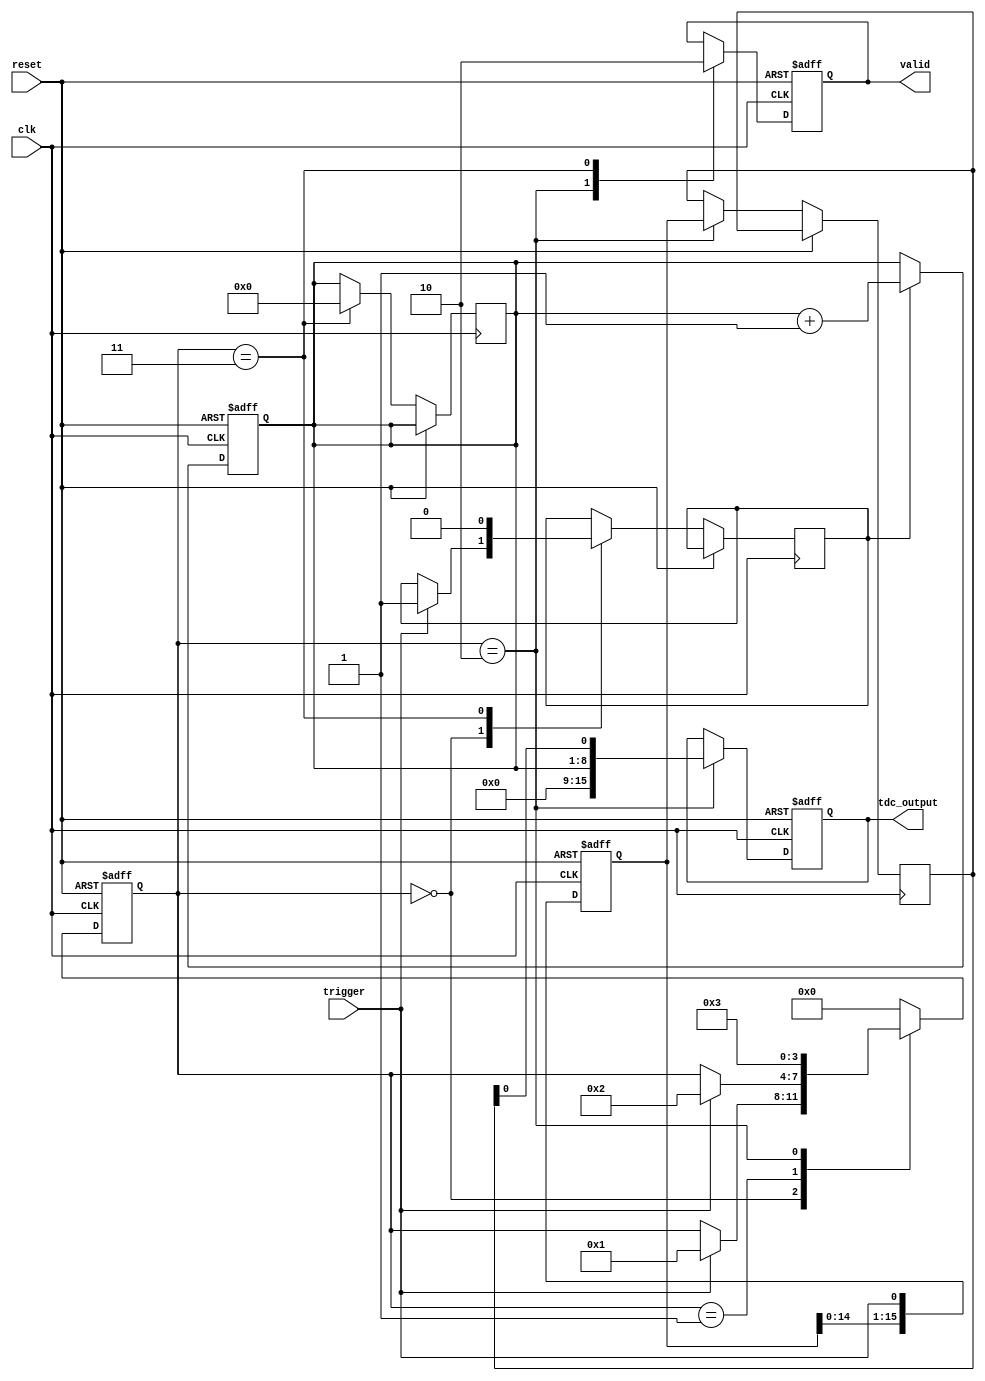
module HybridTDC (
    input wire clk,                // System clock
    input wire reset,              // Reset signal
    input wire trigger,            // Input trigger signal
    output reg [15:0] tdc_output,  // Output digital time measurement
    output reg valid               // Output valid signal
);

    // Parameters
    parameter DELAY_ELEMENTS = 16; // Number of delay elements
    parameter COUNTER_WIDTH = 8;    // Width of the counter

    // Internal signals
    reg [COUNTER_WIDTH-1:0] counter; // Coarse time counter
    reg [DELAY_ELEMENTS-1:0] delay_line; // Delay line
    reg [DELAY_ELEMENTS-1:0] fine_measurement; // Fine measurement
    reg [3:0] state; // State machine for control logic
    reg start_measurement; // Flag to start measurement
    reg end_measurement; // Flag to end measurement

    // State Machine States
    localparam IDLE = 4'b0000,
               MEASURE = 4'b0001,
               CAPTURE = 4'b0010,
               OUTPUT = 4'b0011;

    // Delay line generation (simple example)
    always @(posedge clk or posedge reset) begin
        if (reset) begin
            delay_line <= 0;
        end else begin
            delay_line <= {delay_line[DELAY_ELEMENTS-2:0], trigger}; // Shift in trigger
        end
    end

    // Coarse time counter
    always @(posedge clk or posedge reset) begin
        if (reset) begin
            counter <= 0;
        end else if (start_measurement) begin
            counter <= counter + 1; // Increment counter
        end
    end

    // Control Logic
    always @(posedge clk or posedge reset) begin
        if (reset) begin
            state <= IDLE;
            valid <= 0;
            tdc_output <= 0;
        end else begin
            case (state)
                IDLE: begin
                    if (trigger) begin
                        start_measurement <= 1;
                        state <= MEASURE;
                    end
                end
                MEASURE: begin
                    if (trigger) begin
                        end_measurement <= 1;
                        state <= CAPTURE;
                    end
                end
                CAPTURE: begin
                    // Capture fine measurement based on delay line
                    fine_measurement <= delay_line;
                    tdc_output <= {counter, fine_measurement[0]}; // Combine coarse and fine
                    valid <= 1; // Indicate valid output
                    state <= OUTPUT;
                end
                OUTPUT: begin
                    // Reset for next measurement
                    start_measurement <= 0;
                    end_measurement <= 0;
                    valid <= 0;
                    counter <= 0; // Reset counter for next measurement
                    state <= IDLE;
                end
                default: state <= IDLE;
            endcase
        end
    end

endmodule